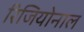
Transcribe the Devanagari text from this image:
रिजियोनाल